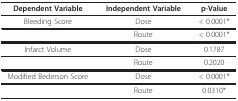
| Dependent Variable | Independent Variable | p-Value |
 | --- | --- | --- |
 | Bleeding Score | Dose | < 0.0001* |
 |  | Route | < 0.0001* |
 | Infarct Volume | Dose | 0.1787 |
 |  | Route | 0.2020 |
 | Modified Bederson Score | Dose | < 0.0001* |
 |  | Route | 0.0310* |